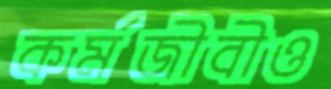
কর্মজীবীও